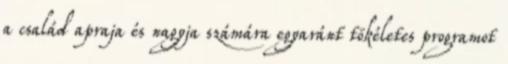
a család apraja és nagyja számára egyaránt tökéletes programot